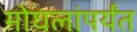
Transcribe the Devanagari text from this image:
मोघलांपर्यंत